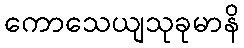
ကောသေယျသုခုမာနိ